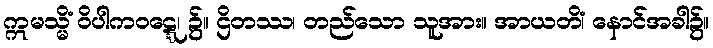
ဣမသ္မိံ ဝိပါကဝဋ္ဋေ၊ ၌။ ဌိတဿ၊ တည်သော သူအား။ အာယတိံ၊ နောင်အခါ၌။